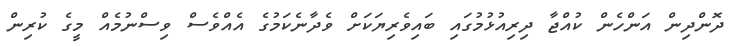
ދޮންދިން އަންހެން ކުއްޖާ ދިރިއުޅުމުގައި ބައިވެރިޔަކަށް ވެދާނެކަމުގެ އެއްވެސް ވިސްނުމެއް މީގެ ކުރިން